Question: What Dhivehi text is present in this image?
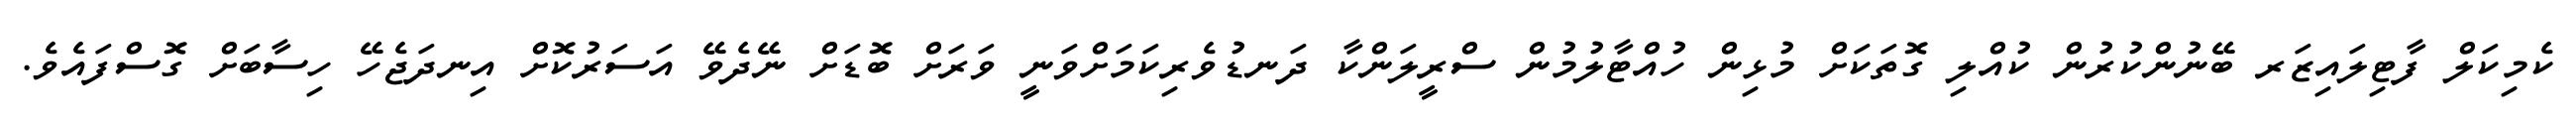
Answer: ކެމިކަލް ފާޓިލައިޒަރ ބޭނުންކުރުން ކުއްލި ގޮތަކަށް މުޅިން ހުއްޓާލުމުން ސްރީލަންކާ ދަނޑުވެރިކަމަށްވަނީ ވަރަށް ބޮޑަށް ނޭދެވޭ އަސަރުކޮށް އިނދަޖެހޭ ހިސާބަށް ގޮސްފައެވެ.